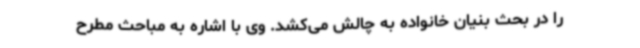
را در بحث بنیان خانواده به چالش می‌کشد. وی با اشاره به مباحث مطرح